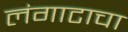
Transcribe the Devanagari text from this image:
लंगाटाचा